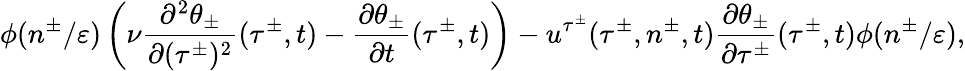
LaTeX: \phi(n^{\pm}/\varepsilon)\left(\nu\frac{\partial^{2}\theta_{\pm}}{\partial(\tau^{\pm})^{2}}(\tau^{\pm},t)-\frac{\partial\theta_{\pm}}{\partial t}(\tau^{\pm},t)\right)-u^{\tau^{\pm}}(\tau^{\pm},n^{\pm},t)\frac{\partial\theta_{\pm}}{\partial\tau^{\pm}}(\tau^{\pm},t)\phi(n^{\pm}/\varepsilon),